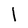
Character: l